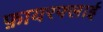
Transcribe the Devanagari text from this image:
फ़ायरफ्लाई